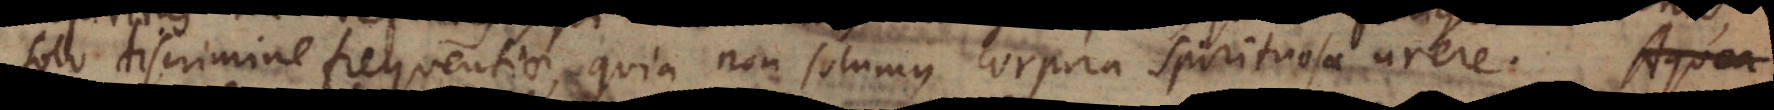
solo discrimine frequentiae, quia non solemus corpora spirituosa arere. Aqu